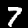
Digit: 7